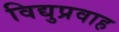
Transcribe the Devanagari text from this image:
विद्युप्रवाह